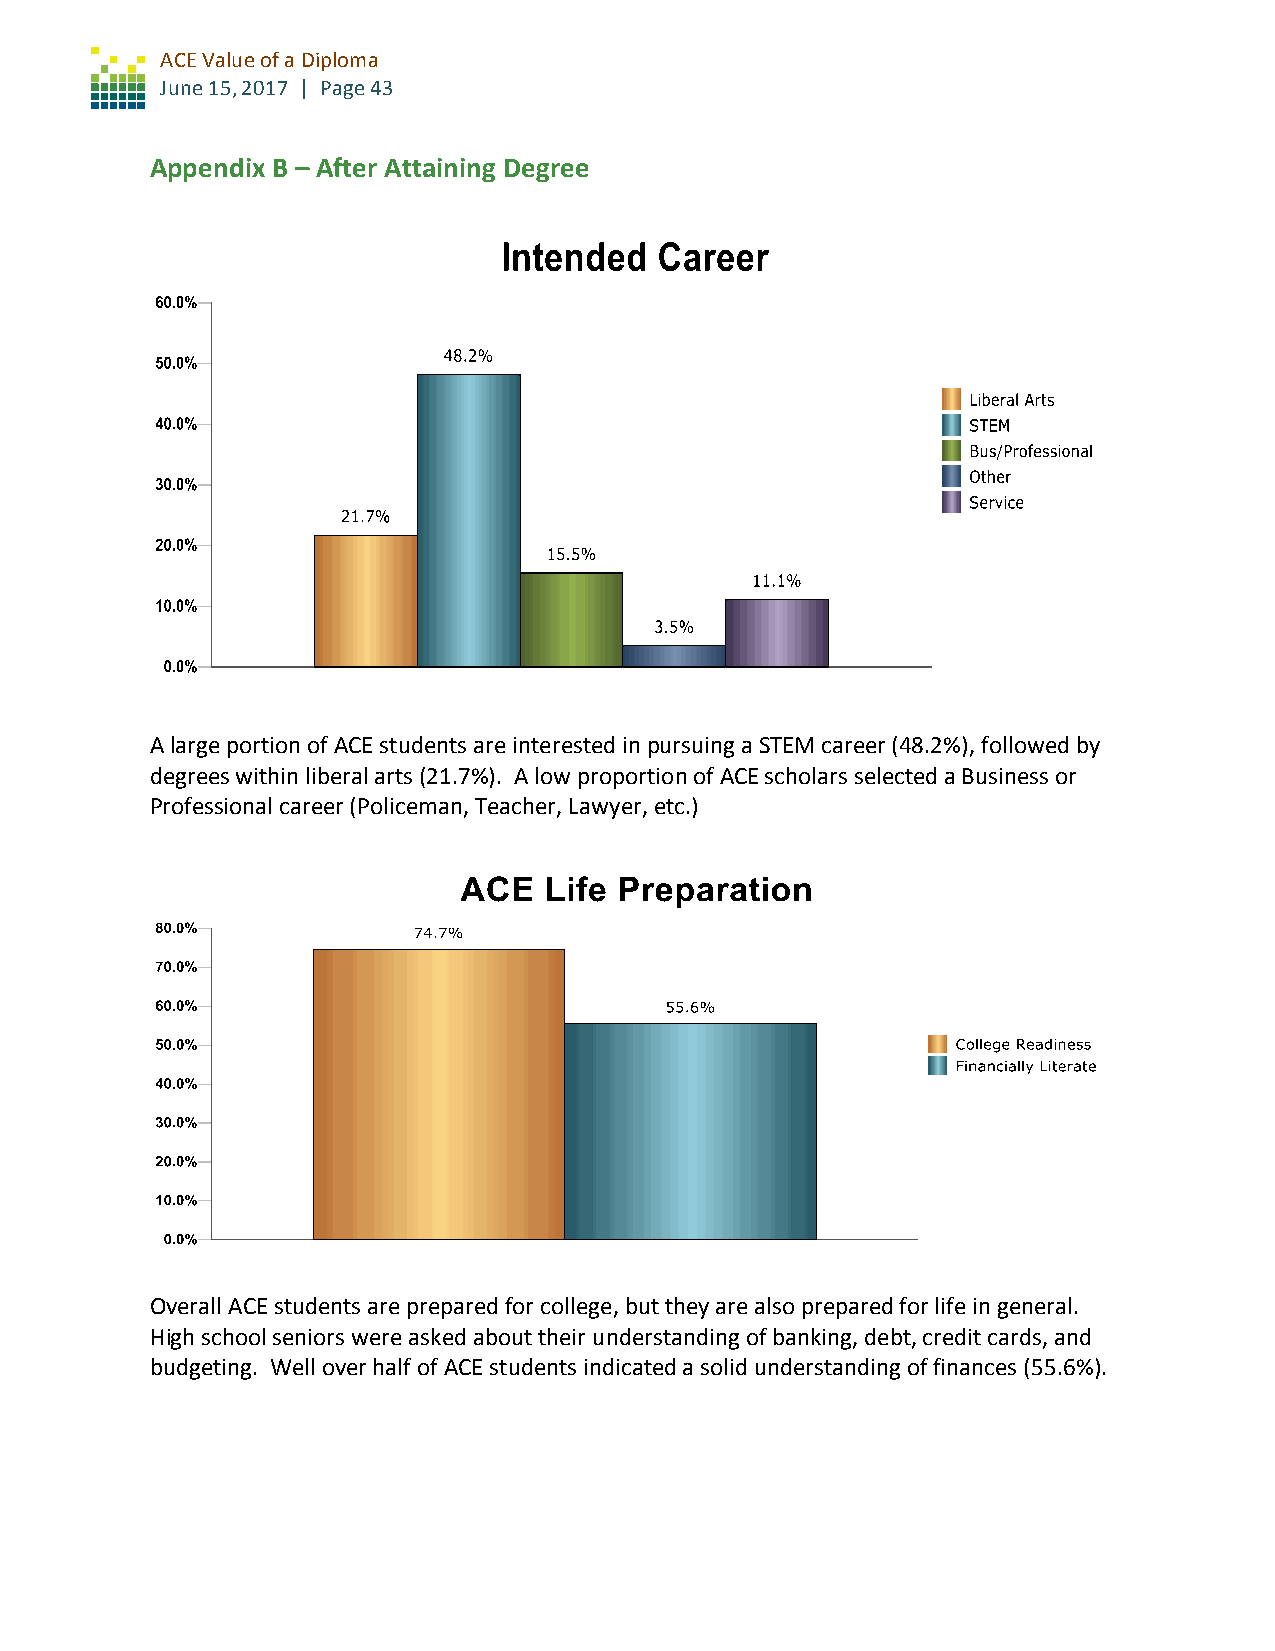
ACE Value of a Diploma
 June 15, 2017 | Page 43
 Appendix B – After Attaining Degree
 A large portion of ACE students are interested in pursuing a STEM career (48.2%), followed by
 degrees within liberal arts (21.7%). A low proportion of ACE scholars selected a Business or
 Professional career (Policeman, Teacher, Lawyer, etc.)
 Overall ACE students are prepared for college, but they are also prepared for life in general.
 High school seniors were asked about their understanding of banking, debt, credit cards, and
 budgeting. Well over half of ACE students indicated a solid understanding of finances (55.6%).